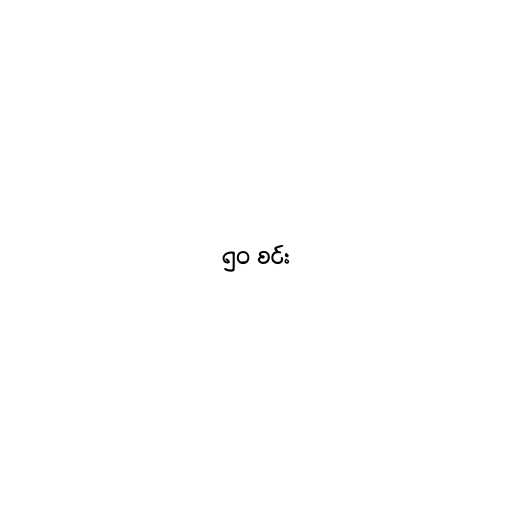
၅၀ စင်း